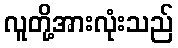
လူတို့အားလုံးသည်